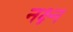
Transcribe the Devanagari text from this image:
नक्ष्न